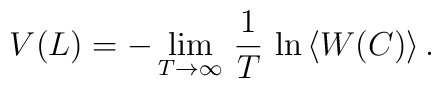
V(L)=-\lim_{T\rightarrow\infty}\,\frac{1}{T}\,\ln \left\langle W(C)\right\rangle.